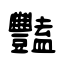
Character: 豔